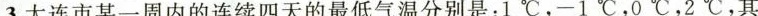
3.大连市某一周内的连续四天的最低气温分别是：1^ { \circ }C，-1^ { \circ }C，0^ { \circ }C，2^ { \circ }C，其